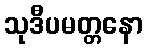
သုဒီပမတ္တနော